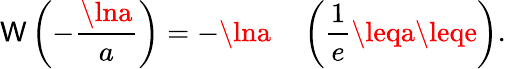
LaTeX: \mathsf{W}\left(-{\frac{{\lna}}{{a}}}\right)=-\lna\quad\left({\frac{{1}}{{e}}}\leqa\leqe\right).